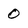
Character: 0